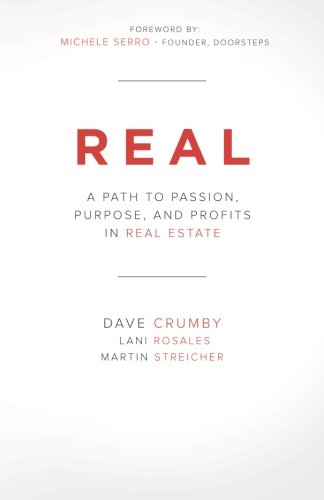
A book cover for Real: A Path to Passion, Purpose and Profits in Real Estate; Dave Crumby; Business & Money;